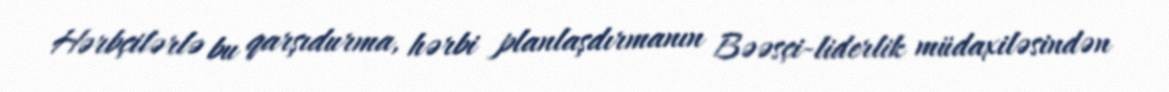
Hərbçilərlə bu qarşıdurma, hərbi planlaşdırmanın Bəəsçi-liderlik müdaxiləsindən